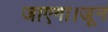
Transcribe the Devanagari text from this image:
जाएगा।जून